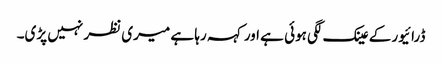
ڈرائیور کے عینک لگی ہوئی ہے اور کہہ رہا ہے میری نظر نہیں پڑی۔